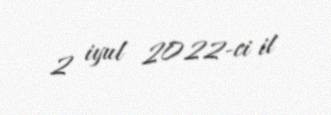
2 iyul 2022-ci il